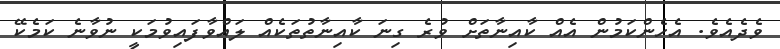
ވެދެއެވެ. އެހެންކަމުން އެއް ކާއިނާތަށް ވުރެ ގިނަ ކާއިނާތުތަކެއް ލައްވާފައިވުމަކީ ނުވާނެ ކަމެކޭ